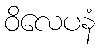
ဝိလေပနံ